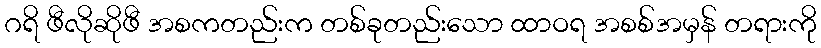
ဂရိ ဖီလိုဆိုဖီ အစကတည်းက တစ်ခုတည်းသော ထာဝရ အစစ်အမှန် တရားကို